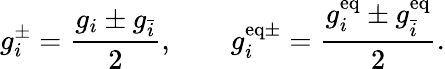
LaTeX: g_{i}^{\pm}=\frac{g_{i}\pm g_{\bar{i}}}{2},\qquad g_{i}^{\mathrm{eq\pm}}=\frac{g_{i}^{\mathrm{eq}}\pm g_{\bar{i}}^{\mathrm{eq}}}{2}.